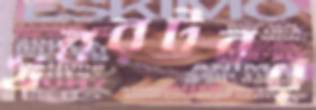
খবরটবর